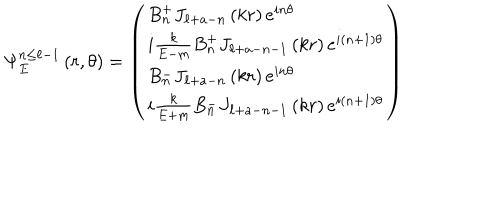
\Psi _ { E } ^ { n \leq \ell - 1 } \left( r , \theta \right) = \left( \begin{array} { l } { { B _ { n } ^ { + } J _ { \ell + a - n } \left( k r \right) e ^ { i n \theta } } } \\ { { i \frac { k } { E - m } B _ { n } ^ { + } J _ { \ell + a - n - 1 } \left( k r \right) e ^ { i \left( n + 1 \right) \theta } } } \\ { { B _ { n } ^ { - } J _ { \ell + a - n } \left( k r \right) e ^ { i n \theta } } } \\ { { i \frac { k } { E + m } B _ { n } ^ { - } J _ { \ell + a - n - 1 } \left( k r \right) e ^ { i \left( n + 1 \right) \theta } } } \\ \end{array} \right)